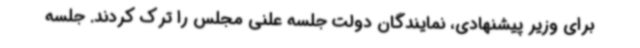
برای وزیر پیشنهادی، نمایندگان دولت جلسه علنی مجلس را ترک کردند. جلسه